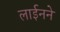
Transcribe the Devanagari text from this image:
लाईनने